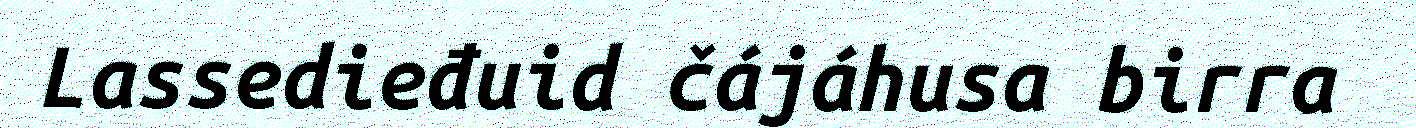
Lassedieđuid čájáhusa birra